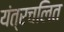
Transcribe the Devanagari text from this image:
यंत्रचलित